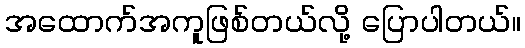
အထောက်အကူဖြစ်တယ်လို့ ပြောပါတယ်။